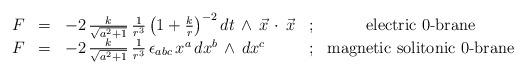
LaTeX: \begin{align*}\begin{array}{rclcc} F & = & -2 \, \frac{k}{\sqrt{a^2+1 }}\, \frac{1}{r^3} \left(1+\frac{k}{r}\right)^{-2} dt \, \wedge \, {\vec x} \, \cdot \, {\vec x} & ; & \mbox{electric $0$-brane} \\ { F} &=& - 2 \, \frac{k}{\sqrt {a^2+1}} \, \frac{1}{r^3} \, \epsilon_{abc} \, x^a \, dx^b \, \wedge \, dx^c & ; & \mbox{magnetic solitonic $0$-brane}\\\end{array}\end{align*}